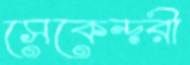
সেকেন্দরী